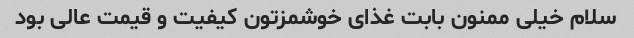
سلام خیلی ممنون بابت غذای خوشمزتون کیفیت و قیمت عالی بود